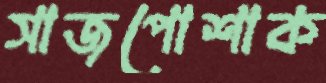
সাজপোশাক